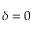
\delta = 0